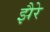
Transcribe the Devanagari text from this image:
झैरे